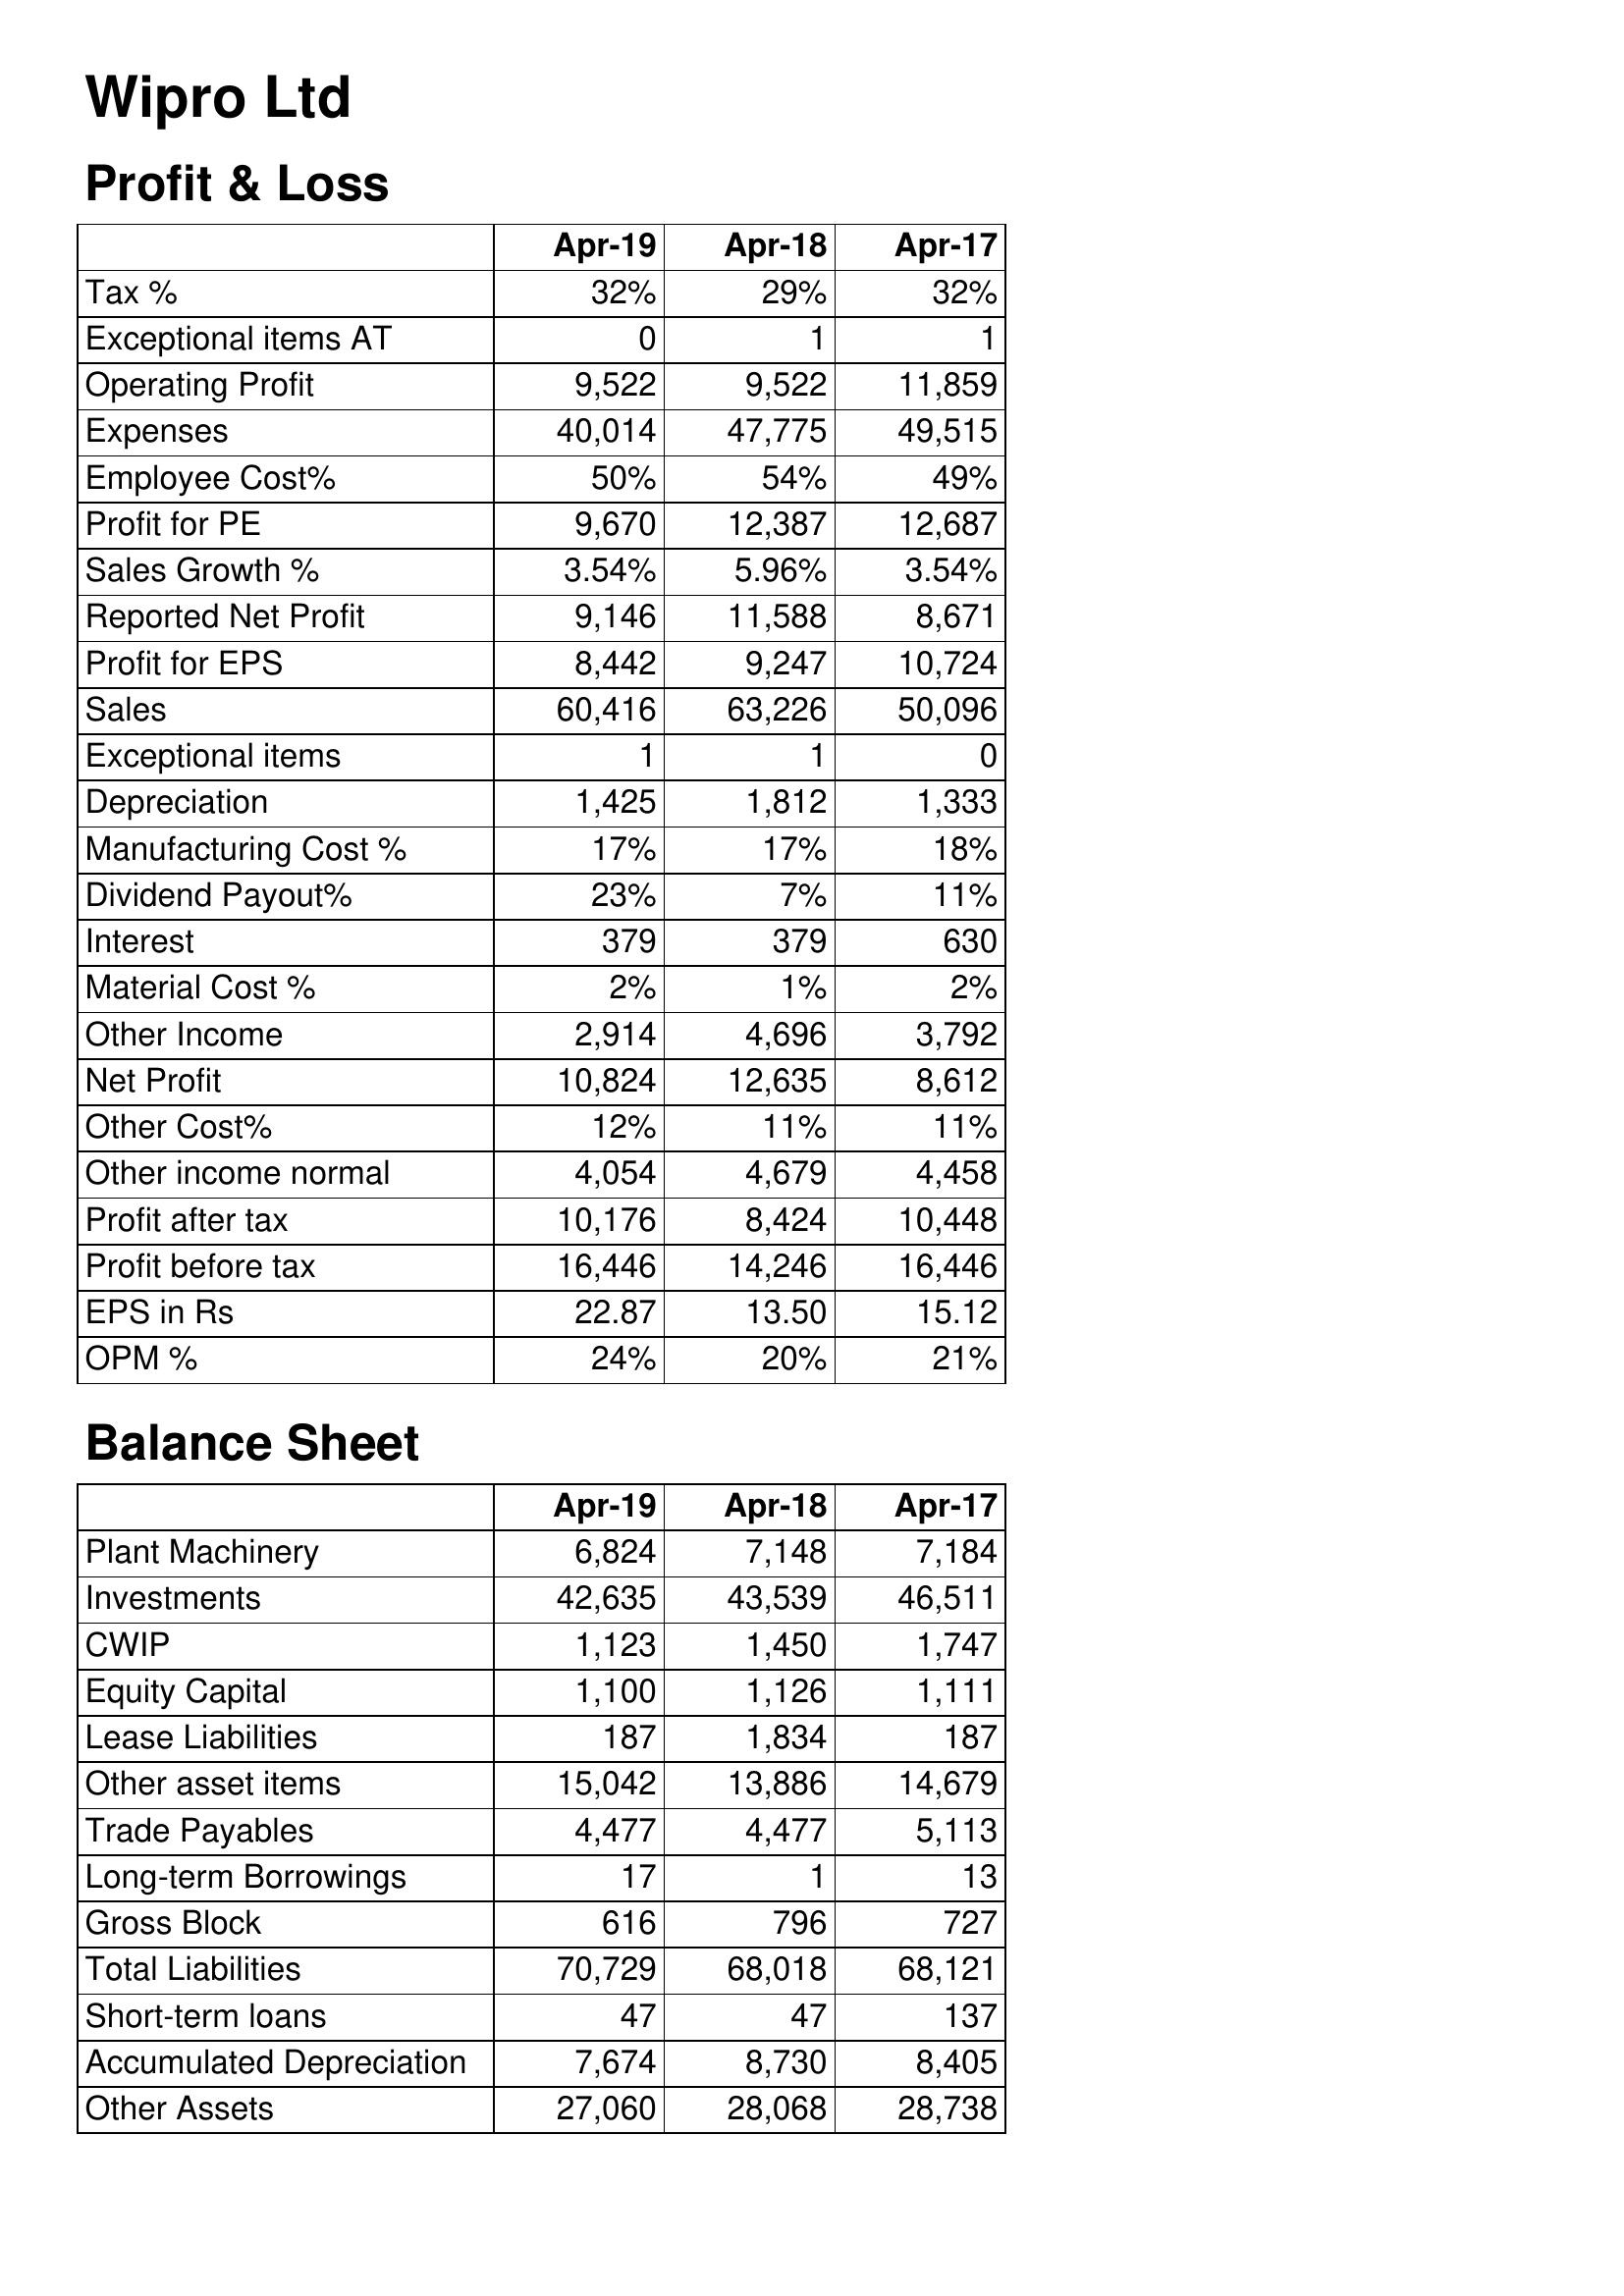
Apr-19: Profit & Loss: Tax %: 32%
Exceptional items AT: 0
Operating Profit: 9,522
Expenses: 40,014
Employee Cost%: 50%
Profit for PE: 9,670
Sales Growth %: 3.54%
Reported Net Profit: 9,146
Profit for EPS: 8,442
Sales: 60,416
Exceptional items: 1
Depreciation: 1,425
Manufacturing Cost %: 17%
Dividend Payout%: 23%
Interest: 379
Material Cost %: 2%
Other Income: 2,914
Net Profit: 10,824
Other Cost%: 12%
Other income normal: 4,054
Profit after tax: 10,176
Profit before tax: 16,446
EPS in Rs: 22.87
OPM %: 24%
Balance Sheet: Plant Machinery: 6,824
Investments: 42,635
CWIP: 1,123
Equity Capital: 1,100
Lease Liabilities: 187
Other asset items: 15,042
Trade Payables: 4,477
Long-term Borrowings: 17
Gross Block: 616
Total Liabilities: 70,729
Short-term loans: 47
Accumulated Depreciation: 7,674
Other Assets: 27,060
Apr-18: Profit & Loss: Tax %: 29%
Exceptional items AT: 1
Operating Profit: 9,522
Expenses: 47,775
Employee Cost%: 54%
Profit for PE: 12,387
Sales Growth %: 5.96%
Reported Net Profit: 11,588
Profit for EPS: 9,247
Sales: 63,226
Exceptional items: 1
Depreciation: 1,812
Manufacturing Cost %: 17%
Dividend Payout%: 7%
Interest: 379
Material Cost %: 1%
Other Income: 4,696
Net Profit: 12,635
Other Cost%: 11%
Other income normal: 4,679
Profit after tax: 8,424
Profit before tax: 14,246
EPS in Rs: 13.50
OPM %: 20%
Balance Sheet: Plant Machinery: 7,148
Investments: 43,539
CWIP: 1,450
Equity Capital: 1,126
Lease Liabilities: 1,834
Other asset items: 13,886
Trade Payables: 4,477
Long-term Borrowings: 1
Gross Block: 796
Total Liabilities: 68,018
Short-term loans: 47
Accumulated Depreciation: 8,730
Other Assets: 28,068
Apr-17: Profit & Loss: Tax %: 32%
Exceptional items AT: 1
Operating Profit: 11,859
Expenses: 49,515
Employee Cost%: 49%
Profit for PE: 12,687
Sales Growth %: 3.54%
Reported Net Profit: 8,671
Profit for EPS: 10,724
Sales: 50,096
Exceptional items: 0
Depreciation: 1,333
Manufacturing Cost %: 18%
Dividend Payout%: 11%
Interest: 630
Material Cost %: 2%
Other Income: 3,792
Net Profit: 8,612
Other Cost%: 11%
Other income normal: 4,458
Profit after tax: 10,448
Profit before tax: 16,446
EPS in Rs: 15.12
OPM %: 21%
Balance Sheet: Plant Machinery: 7,184
Investments: 46,511
CWIP: 1,747
Equity Capital: 1,111
Lease Liabilities: 187
Other asset items: 14,679
Trade Payables: 5,113
Long-term Borrowings: 13
Gross Block: 727
Total Liabilities: 68,121
Short-term loans: 137
Accumulated Depreciation: 8,405
Other Assets: 28,738